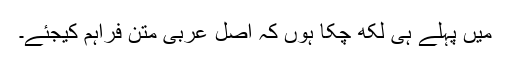
میں پہلے ہی لکھ چکا ہوں کہ اصل عربی متن فراہم کیجئے۔